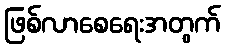
ဖြစ်လာစေရေးအတွက်